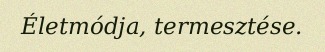
Életmódja, termesztése.